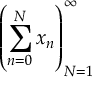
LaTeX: \left( \sum _ { n = 0 } ^ { N } x _ { n } \right) _ { N = 1 } ^ { \infty }